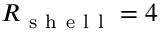
R _ { \mathrm { ~ s ~ h ~ e ~ l ~ l ~ } } = 4